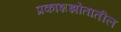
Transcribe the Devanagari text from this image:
प्रकाशझोतातील